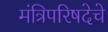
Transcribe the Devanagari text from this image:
मंत्रिपरिषदेचे